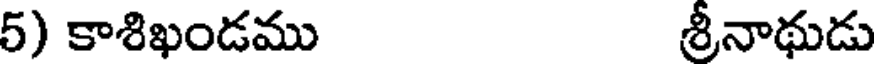
5) కాశిఖండము శ్రీనాథుడు